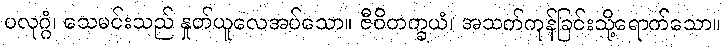
ပလုဂ္ဂံ၊ သေမင်းသည် နှုတ်ယူလေအပ်သော။ ဇီဝိတက္ခယံ၊ အသက်ကုန်ခြင်းသို့ရောက်သော။